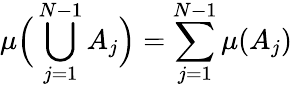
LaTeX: \mu{\Big(}\bigcup_{j=1}^{N-1}A_{j}{\Big)}=\sum_{j=1}^{N-1}\mu(A_{j})